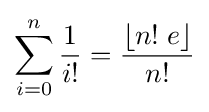
\sum _{i=0}^{n}{\frac {1}{i!}}={\frac {\lfloor n!\;e\rfloor }{n!}}